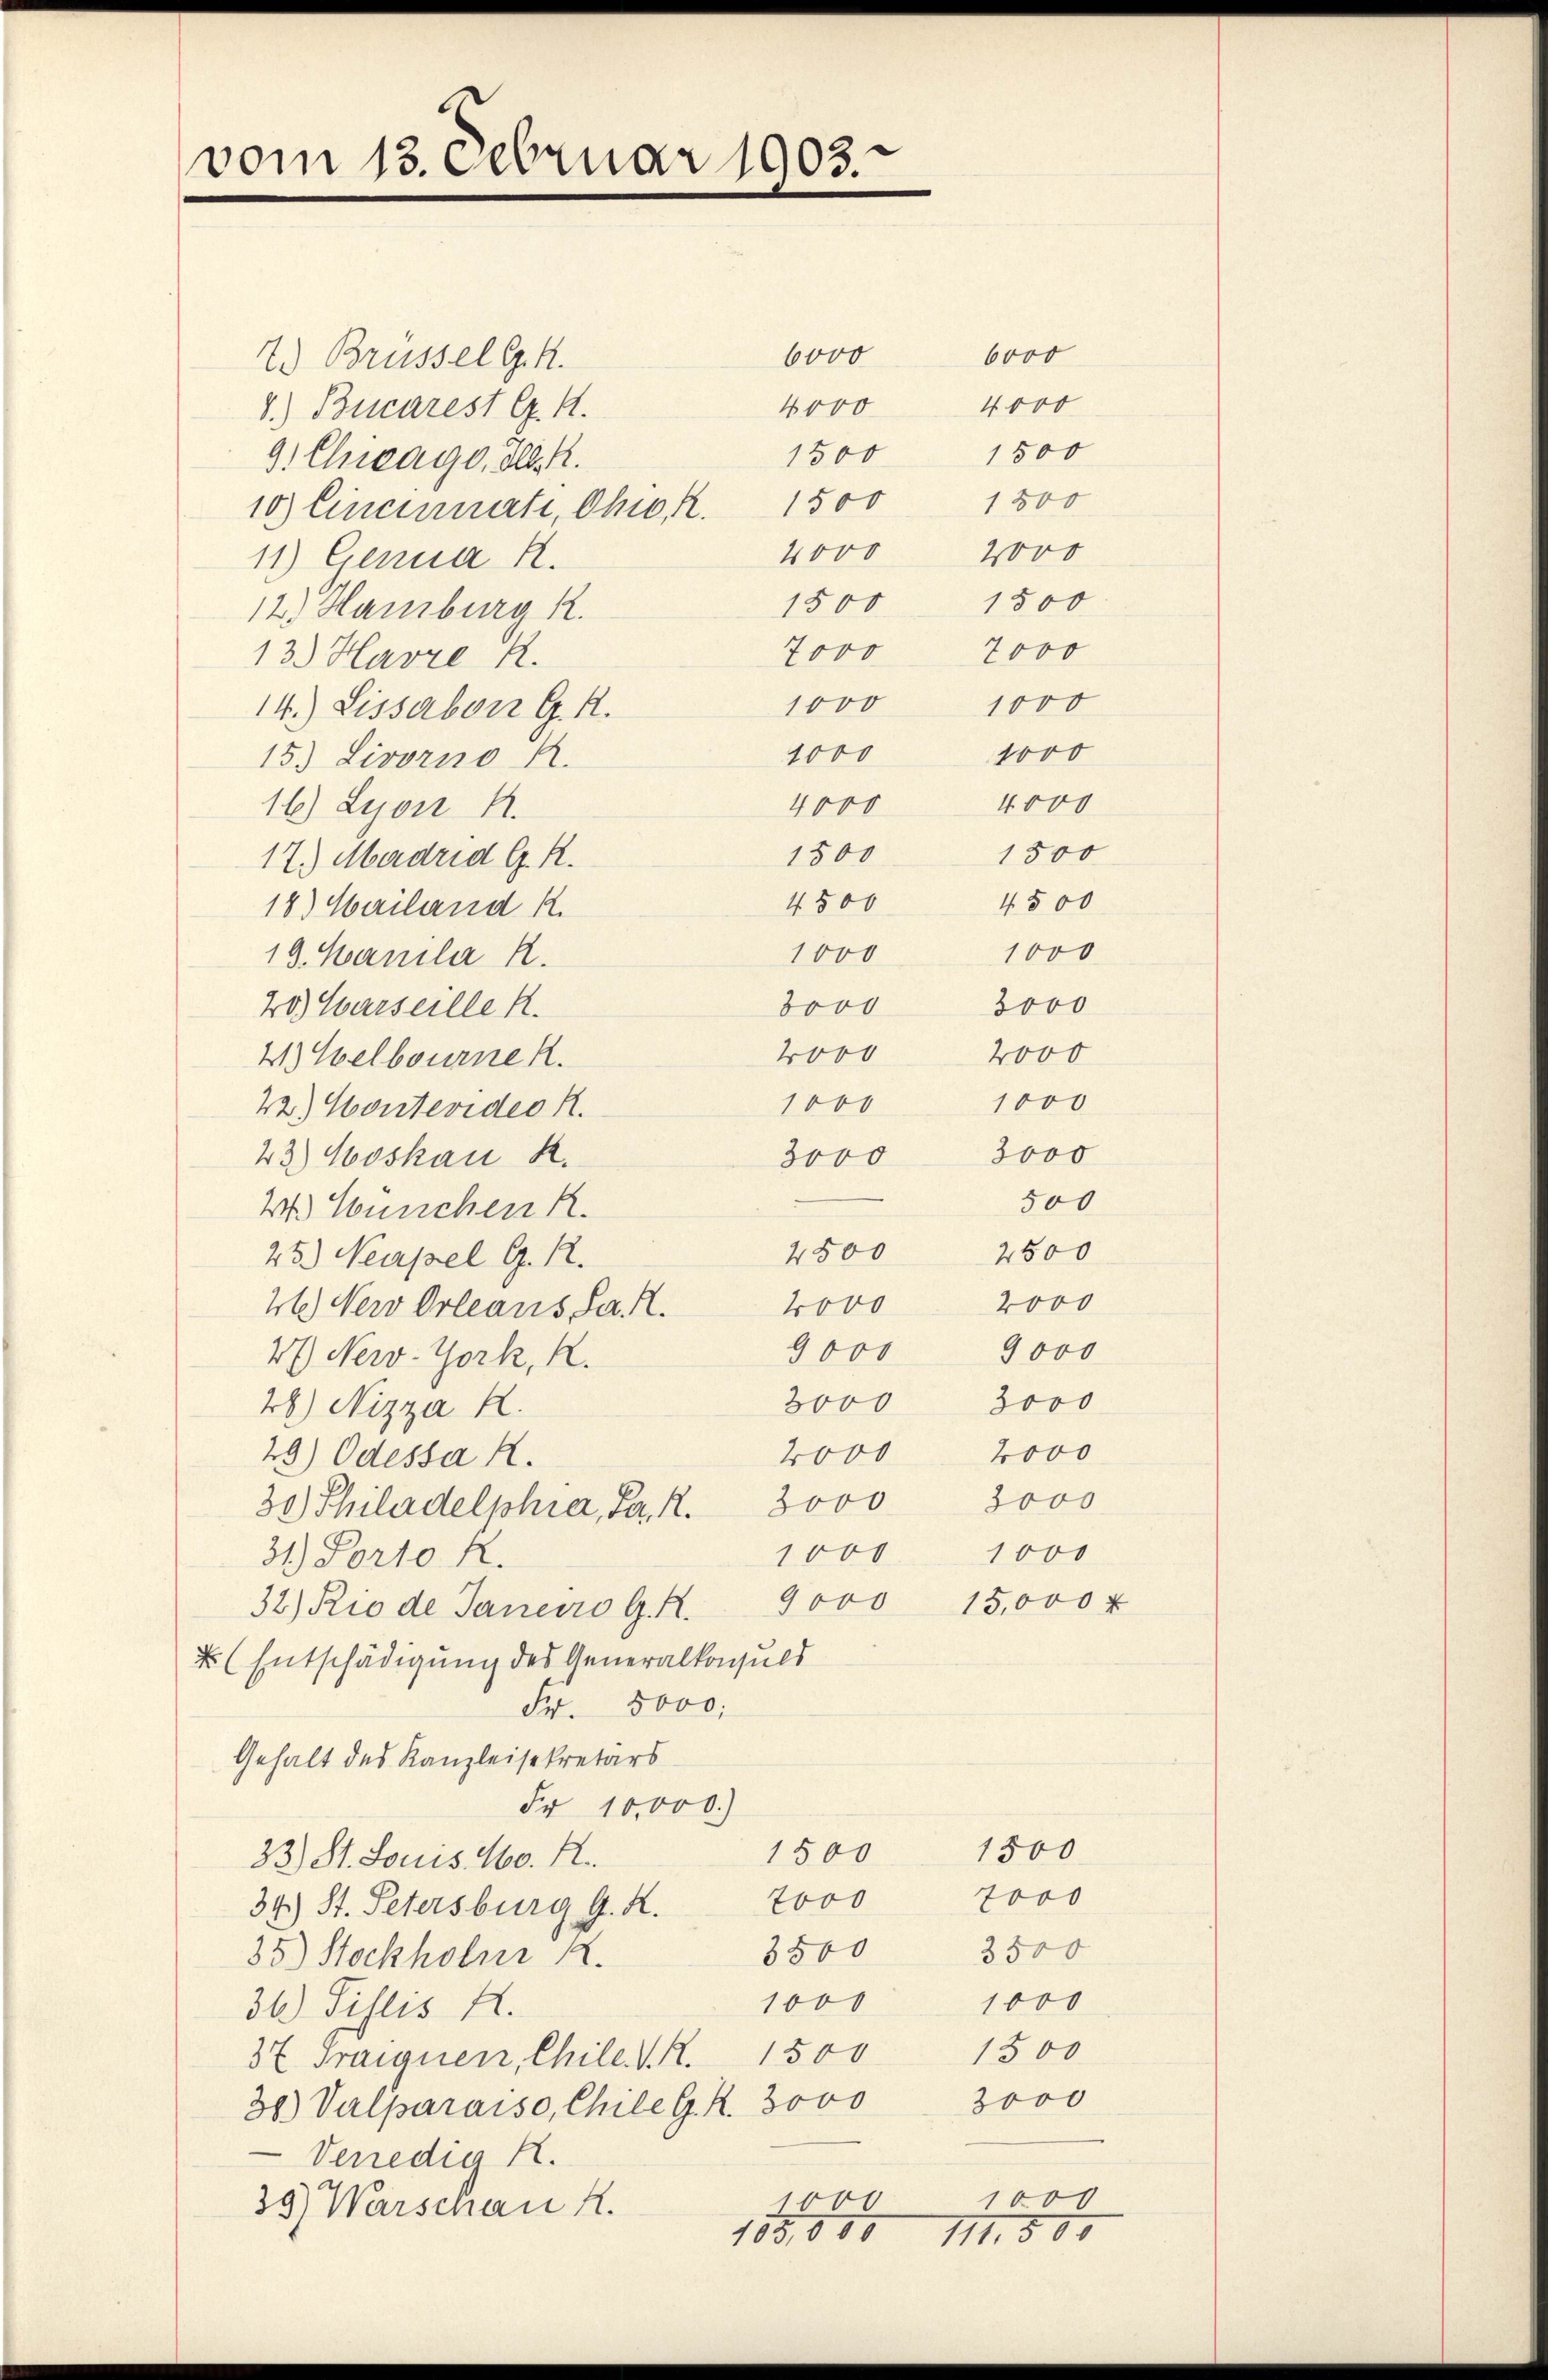
vom 13. Februar 1903.

2.) Brüssel G. K.
4000
8.) Bucarest G. K.
1500
1500
9. Chicago, Ill. R.
1500
10) Eineinahe, Ohio, R. 1500
2000
4000
11) Genua H.
1500
1500
12. Hamburg R.
7000
7000
13.) Havre R.
1000 1000
14.) Lissabon G. K.
1000
1000
15.) Livorno A.
4000
4000
16) Lyon 4.
1500
1300
17.) Madrid G. R.
4500
4500
18) Mailand k.
1000
1000
19. Manila R.
3000
3000
20) Warseille k.
4000
2000
21) Welbourne R
1000
1000
22.) Kontevideo K.
3000
3000
43.) Moskau R.
500
2.) Seuchen R
4500 2500
25.) Neapel G. R.
4000 2000
26.) Neu Orleans Sa. R.
9000 9000
47 New-York, K.
3000 3000
48) Nizza R.
4000 2000
29) Odessa R.
30.) Philadelphia, Ja. R. 3000 3000
1000 1000
31.) Porto R.
32) Rio de Janeiro G. K. 9000 15,000 u
 (Entschädigung des Generalkonsuld
Fr. 5000.
Gehalt des Kanzleisekretärs
Fr 10,000.)
1500
1500
33) St. Louis 160. R.
7000
7000
34.) St. Petersburg G. K.
3500
3500
35) Stockholm R.
1000
1000
34) Fislis A.
1500
37 Franzuen, Chile. V. R. 1500
38) Valparaiso, Chile G. K. 3000 3000
Venedig R.
1000
1000
39) Warschau A.

6000 6000

4000

185,000 111. 800